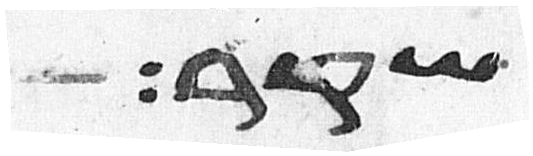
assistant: שקר